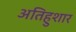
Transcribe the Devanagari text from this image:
अतिहुशार